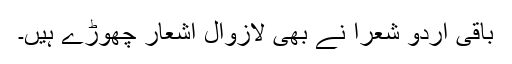
باقی اردو شعرا نے بھی لازوال اشعار چھوڑے ہیں۔